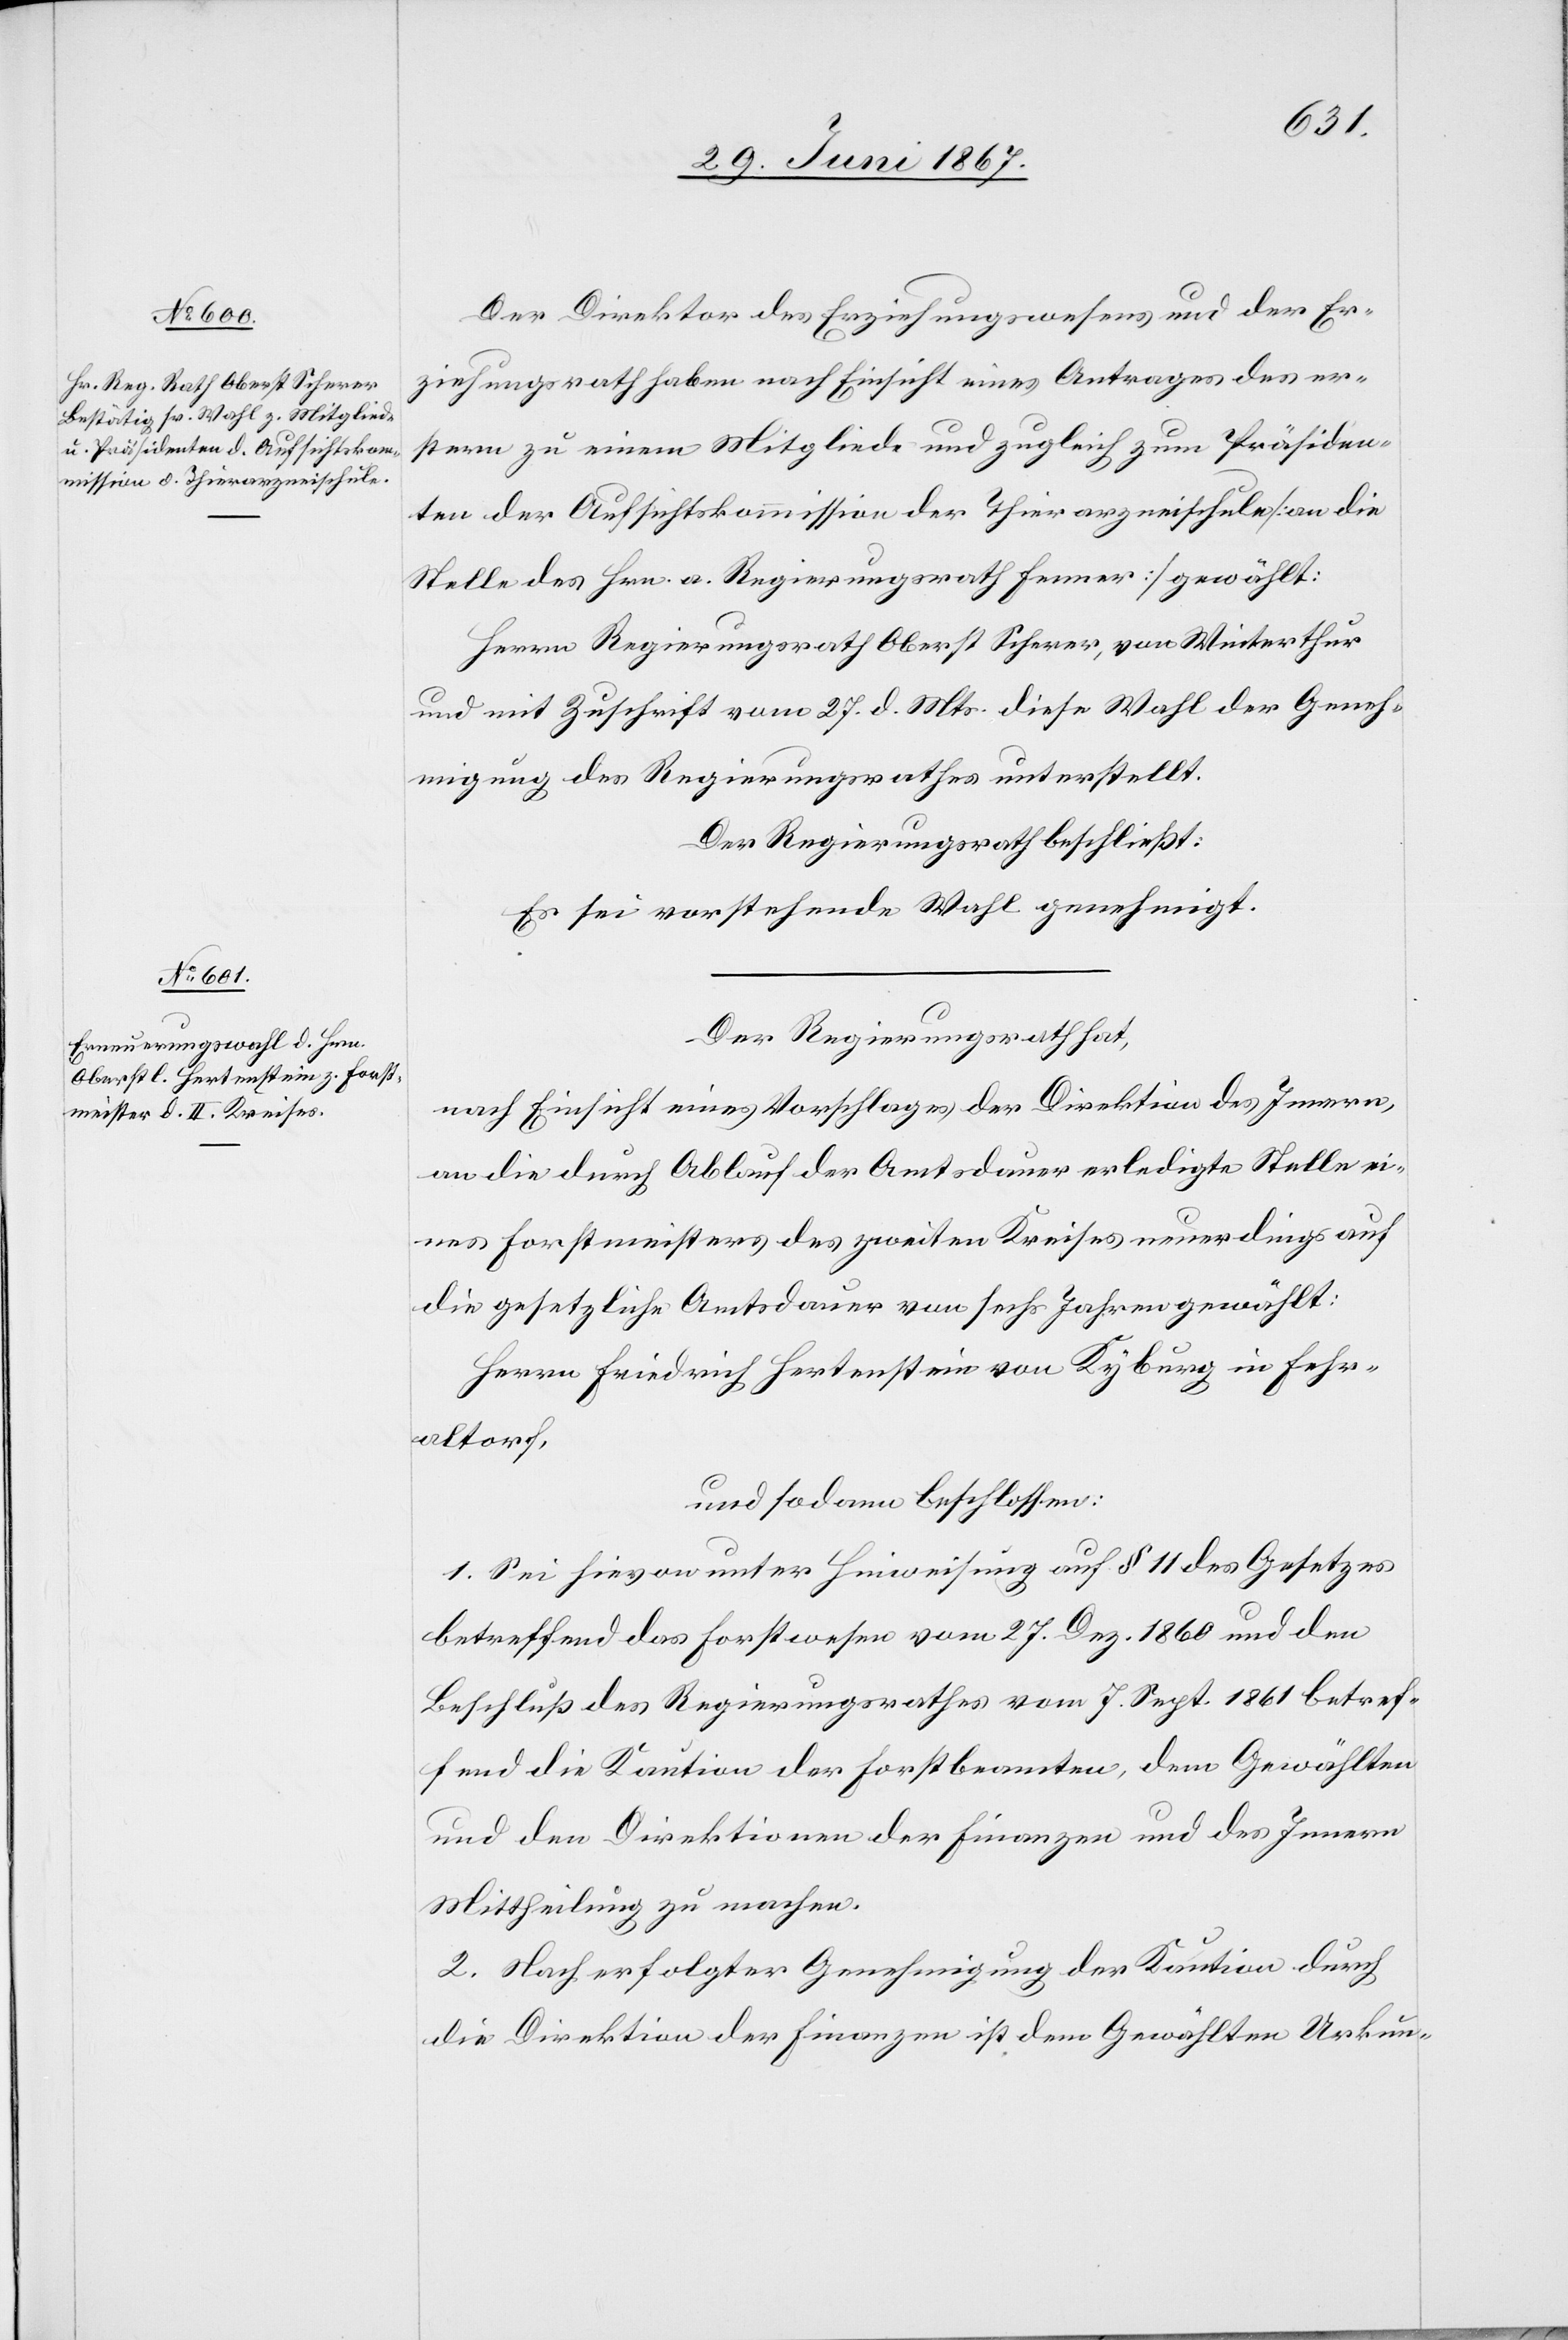
Der Direktor des Erziehungswesens und der Er¬
ziehungsrath haben nach Einsicht eines Antrages des er¬
stern zu einem Mitgliede und zugleich zum Präsiden¬
ten der Aufsichtskommission der Thierarzneischule [an die
Stelle des Hrn. a. Regierungsrath Fenner] gewählt:
Herrn Regierungsrath Oberst Scherer, von Winterthur
und mit Zuschrift vom 27. d. Mts. diese Wahl der Geneh¬
migung des Regierungsrathes unterstellt.
Der Regierungsrath beschließt:
Es sei vorstehende Wahl genehmigt.
Der Regierungsrath hat,
nach Einsicht eines Vorschlages der Direktion des Innern,
an die durch Ablauf der Amtsdauer erledigte Stelle ei¬
nes Forstmeisters des zweiten Kreises neuerdings auf
die gesetzliche Amtsdauer von sechs Jahren gewählt:
Herrn Friedrich Hertenstein von Kyburg in Fehr¬
altorf,
und sodann beschlossen:
1. Sei hievon unter Hinweisung auf § 11 des Gesetzes
betreffend das Forstwesen vom 27. Dez. 1860 und den
Beschluß des Regierungsrathes vom 7. Sept. 1861 betref¬
fend die Kaution der Forstbeamten, dem Gewählten
und den Direktionen der Finanzen und des Innern
Mittheilung zu machen.
2. Nach erfolgter Genehmigung der Kaution durch
die Direktion der Finanzen ist dem Gewählten Urkun-